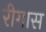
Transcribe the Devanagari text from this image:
रीगास